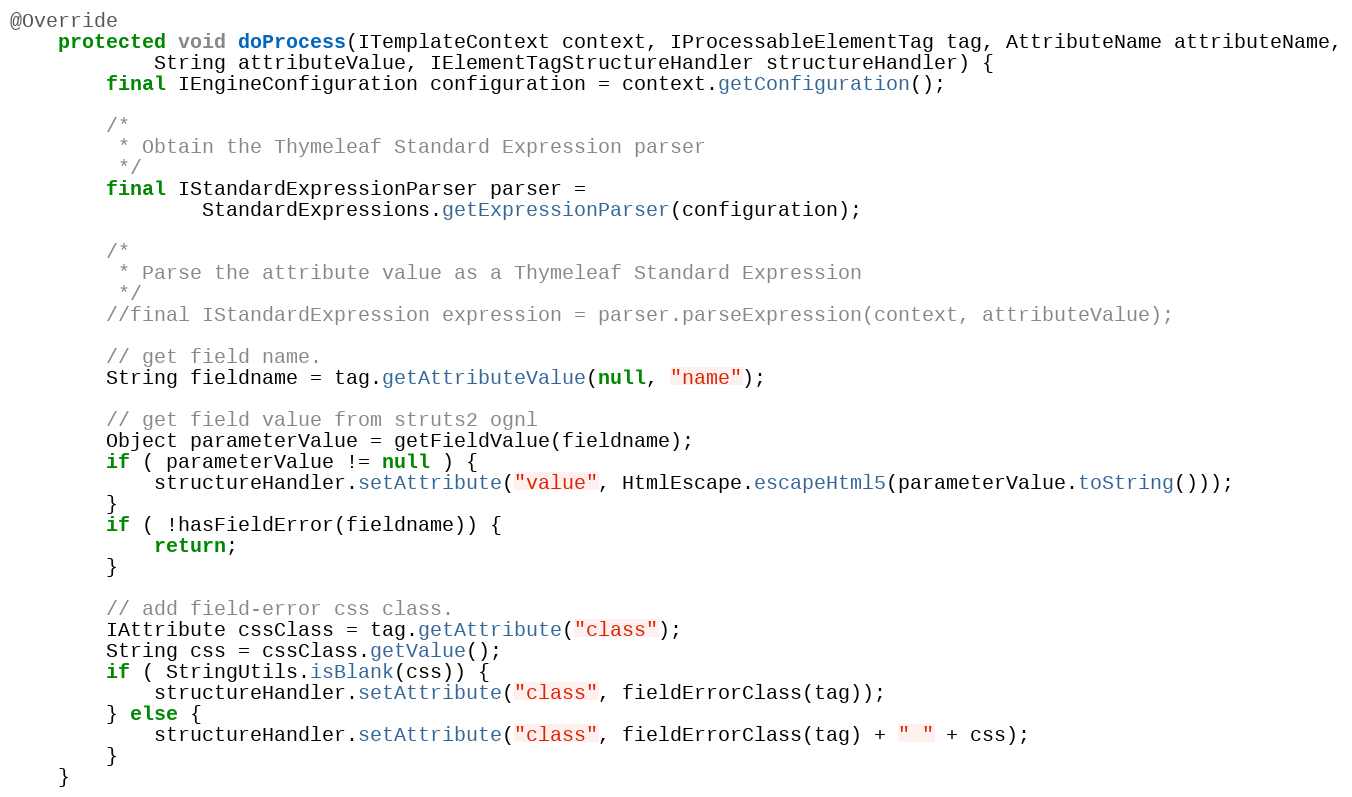
Language: Java
@Override
	protected void doProcess(ITemplateContext context, IProcessableElementTag tag, AttributeName attributeName,
			String attributeValue, IElementTagStructureHandler structureHandler) {
		final IEngineConfiguration configuration = context.getConfiguration();

        /*
         * Obtain the Thymeleaf Standard Expression parser
         */
        final IStandardExpressionParser parser =
                StandardExpressions.getExpressionParser(configuration);

        /*
         * Parse the attribute value as a Thymeleaf Standard Expression
         */
        //final IStandardExpression expression = parser.parseExpression(context, attributeValue);

        // get field name.
        String fieldname = tag.getAttributeValue(null, "name");

        // get field value from struts2 ognl
        Object parameterValue = getFieldValue(fieldname);
        if ( parameterValue != null ) {
        	structureHandler.setAttribute("value", HtmlEscape.escapeHtml5(parameterValue.toString()));
        }
        if ( !hasFieldError(fieldname)) {
        	return;
        }

        // add field-error css class.
        IAttribute cssClass = tag.getAttribute("class");
        String css = cssClass.getValue();
        if ( StringUtils.isBlank(css)) {
        	structureHandler.setAttribute("class", fieldErrorClass(tag));
        } else {
        	structureHandler.setAttribute("class", fieldErrorClass(tag) + " " + css);
        }
    }